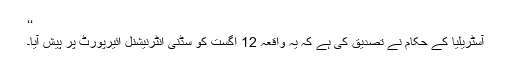
‘‘
آسٹریلیا کے حکام نے تصدیق کی ہے کہ یہ واقعہ 12 اگست کو سڈنی انٹرنیشنل ائیرپورٹ پر پیش آیا۔